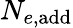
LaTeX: N_{e,\mathrm{add}}